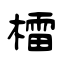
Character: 檑